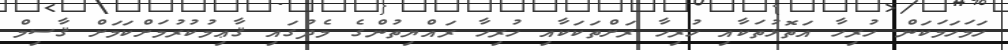
ހަމަހަމަކަން ހުރިހާ އަތޮޅުތަކާއި ހުރިހާ ރަށްތަކަކާއި ހުރިހާ ރައްޔިތުންގެ މެދުގައި ޤާޢިމުކުރުމަށްކަމަށް ޤާސިމް